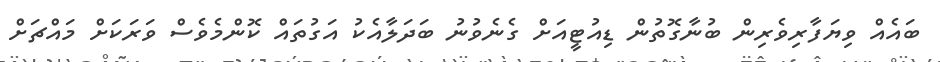
ބައެއް ވިޔަފާރިވެރިން ބުނާގޮތުން ޑިއުޓީއަށް ގެނެވުނު ބަދަލާއެކު އަގުތައް ކޮންމެވެސް ވަރަކަށް މައްޗަށް